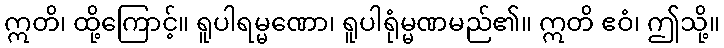
ဣတိ၊ ထို့ကြောင့်။ ရူပါရမ္မဏော၊ ရူပါရုံမ္မဏမည်၏။ ဣတိ ဧဝံ၊ ဤသို့။